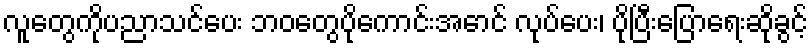
လူတွေကိုပညာသင်ပေး ဘဝတွေပိုကောင်းအောင် လုပ်ပေး၊ ပိုပြီးပြောရေးဆိုခွင့်